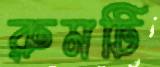
রুমটি